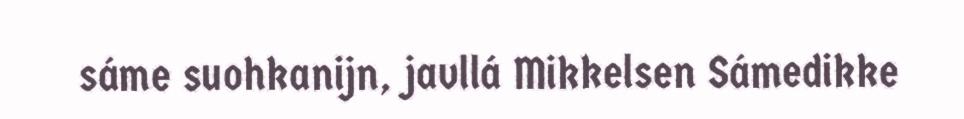
sáme suohkanijn, javllá Mikkelsen Sámedikke